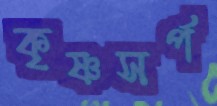
কৃষ্ণসর্প